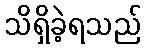
သိရှိခဲ့ရသည်